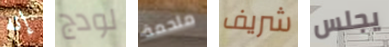
إنه لودج ملحمة شريف يجلس